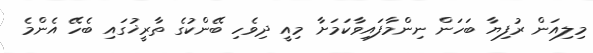
މިލިއަން ރުފިޔާ ބަހަން ނިންމާފައިވާކަމަށާ މިއީ ދިވެހި ބޭންކުގެ ތާރީޚުގައި ބެހޭ އެންމެ